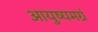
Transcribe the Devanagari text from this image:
आयुष्यमग्रं